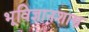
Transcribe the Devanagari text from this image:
भूविज्ञानशास्त्र